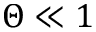
\Theta \ll 1